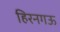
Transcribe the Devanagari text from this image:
हिरनगऊ